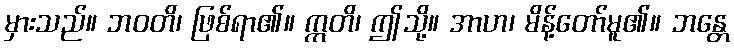
မှားသည်။ ဘဝတိ၊ ဖြစ်ရာ၏။ ဣတိ၊ ဤသို့။ အာဟ၊ မိန့်တော်မူ၏။ ဘန္တေ